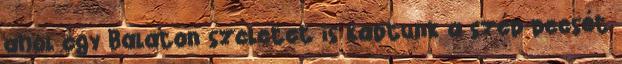
ahol egy Balaton szeletet is kaptunk a szép pecsét